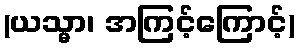
(ယသ္မာ၊ အကြင့်ကြောင့်)